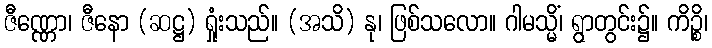
ဇီဏ္ဏော၊ ဇီနော (ဆဋ္ဌ) ရှုံးသည်။ (အသိ) နု၊ ဖြစ်သလော။ ဂါမသ္မိံ၊ ရွာတွင်း၌။ ကိဉ္စိ၊